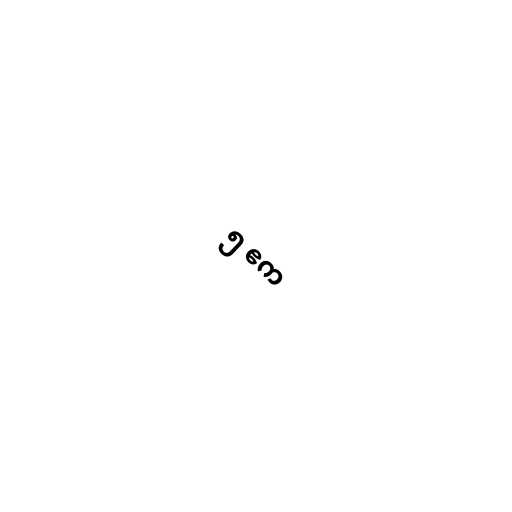
၅ ဧက